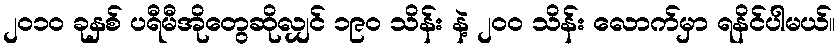
၂၀၁၀ ခုနှစ် ပရီမီအိုတွေဆိုလျှင် ၁၉၀ သိန်း နဲ့ ၂၀၀ သိန်း လောက်မှာ ရနိင်ပါမယ်။